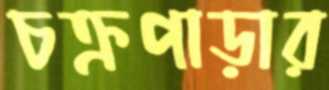
চক্রপাড়ার